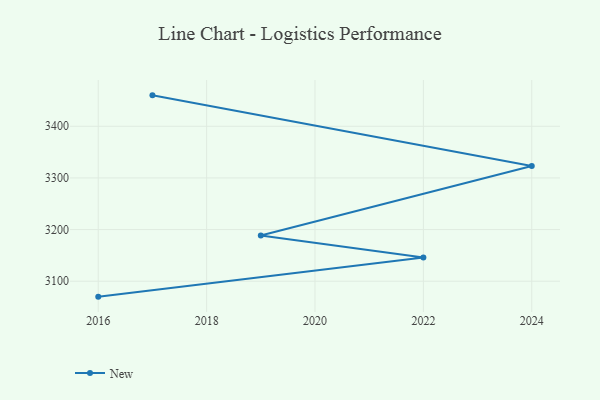
{"axis": {"x": "Year", "y": "Website Visitors"}, "legend": ["New"], "data": [{"x": "2017", "y": 3459.9, "type": "New"}, {"x": "2024", "y": 3323.1, "type": "New"}, {"x": "2019", "y": 3188.5, "type": "New"}, {"x": "2022", "y": 3145.7, "type": "New"}, {"x": "2016", "y": 3070.1, "type": "New"}]}